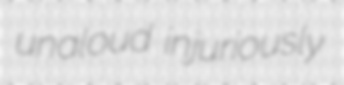
unaloud injuriously